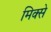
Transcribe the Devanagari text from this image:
मिक्से